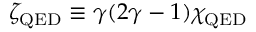
\zeta _ { \mathrm { Q E D } } \equiv \gamma ( 2 \gamma - 1 ) \chi _ { \mathrm { Q E D } }